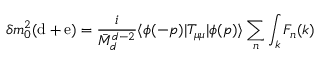
\delta m _ { 0 } ^ { 2 } ( \mathrm { d } + \mathrm { e } ) = \frac { i } { \bar { M } _ { d } ^ { d - 2 } } \langle { \phi ( - p ) } | T _ { \mu \mu } | \phi ( p ) \rangle \sum _ { n } \int _ { k } F _ { n } ( k )